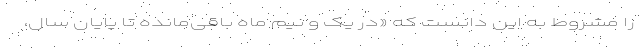
را مشروط به این دانست که «در یک و نیم ماه باقی‌مانده تا پایان سال،